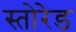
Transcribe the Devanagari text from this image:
स्तोरेड